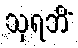
သုရဘိံ